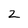
Character: 2